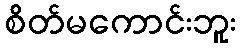
စိတ်မကောင်းဘူး